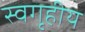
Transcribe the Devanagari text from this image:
स्वगृहीय